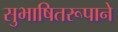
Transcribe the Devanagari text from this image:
सुभाषितरूपाने